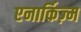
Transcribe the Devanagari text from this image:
एनार्किज़्म